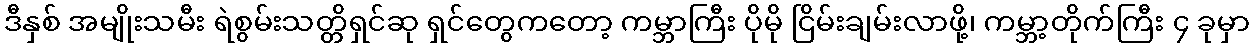
ဒီနှစ် အမျိုးသမီး ရဲစွမ်းသတ္တိရှင်ဆု ရှင်တွေကတော့ ကမ္ဘာကြီး ပိုမို ငြိမ်းချမ်းလာဖို့၊ ကမ္ဘာ့တိုက်ကြီး ၄ ခုမှာ